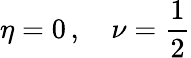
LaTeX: \eta=0\, ,\quad\nu={\frac{1}{2}}